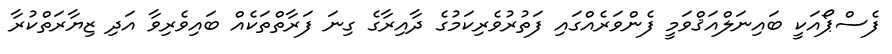
ފެސްޕޯއަކީ ބައިނަލްއަޤްވަމީ ފެންވަރެއްގައި ފަތުރުވެރިކަމުގެ ދާއިރާގެ ގިނަ ފަރާތްތަކެއް ބައިވެރިވާ އަދި ޒިޔާރަތްކުރާ